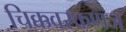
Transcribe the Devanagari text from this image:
चिक्कवरकणज